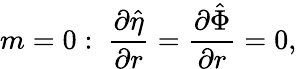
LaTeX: m=0:\ \frac{\partial\hat{\eta}}{\partial r}=\frac{\partial\hat{\Phi}}{\partial r}=0,